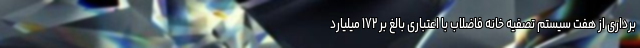
برداری از هفت سیستم تصفیه خانه فاضلاب با اعتباری بالغ بر ۱۷۲ میلیارد